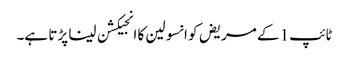
ٹائپ1 کے مریض کو انسولین کا انجیکشن لینا پڑتا ہے۔